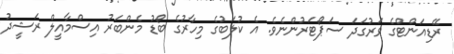
ރޭޑިއަންޓްގެ ވަރުގަދަ ސަޕޯޓަރުންނެވެ. އެ ކުލަބުގެ މިހާރުގެ ބޯޑު މެންބަރު އިސްމާއީލް ރަޝީދު